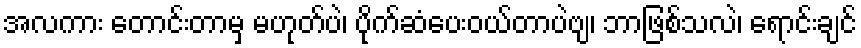
အလကား တောင်းတာမှ မဟုတ်ပဲ၊ ပိုက်ဆံပေးဝယ်တာပဲဗျ၊ ဘာဖြစ်သလဲ၊ ရောင်းချင်